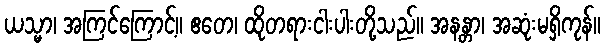
ယသ္မာ၊ အကြင်ကြောင့်။ ဧတေ၊ ထိုတရားငါးပါးတို့သည်။ အနန္တာ၊ အဆုံးမရှိကုန်။